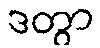
ဒတွာ